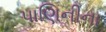
પાણિનીના